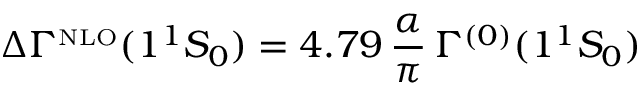
\Delta \Gamma ^ { \mathrm { { \scriptscriptstyle N L O } } } ( 1 { ^ 1 } S _ { 0 } ) = 4 . 7 9 \, \frac { \alpha } { \pi } \, \Gamma ^ { ( 0 ) } ( 1 { ^ 1 } S _ { 0 } )